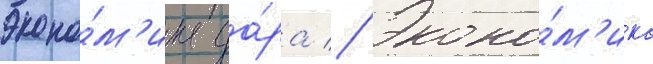
Эконо́м'ика да́ра // Эконо́м'ика